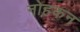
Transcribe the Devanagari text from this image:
नोहकन